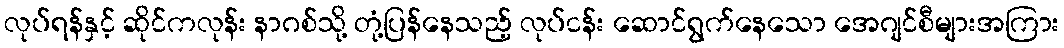
လုပ်ရန်နှင့် ဆိုင်ကလုန်း နာဂစ်သို့ တုံ့ပြန်နေသည့် လုပ်ငန်း ဆောင်ရွက်နေသော အေဂျင်စီများအကြား